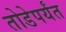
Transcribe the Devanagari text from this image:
तोडेपर्यंत